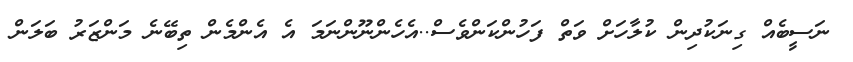
ނަސީބެއް ގިނަކުދިން ކުލާހަށް ވަތް ފަހުންކަންވެސް..އެހެންނޫންނަމަ އެ އެންމެން ތިބޭނެ މަންޒަރު ބަލަން